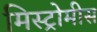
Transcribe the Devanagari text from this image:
मिस्ट्रोमीस